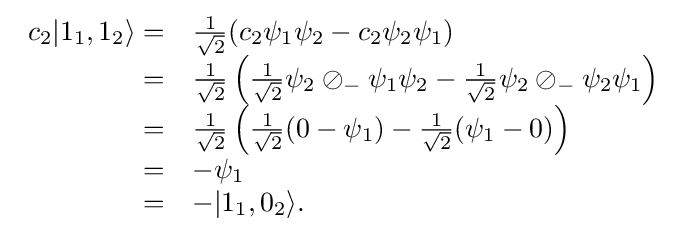
{\begin{array}{rl}c_{2}|1_{1},1_{2}\rangle =&{\frac {1}{\sqrt {2}}}(c_{2}\psi _{1}\psi _{2}-c_{2}\psi _{2}\psi _{1})\\=&{\frac {1}{\sqrt {2}}}\left({\frac {1}{\sqrt {2}}}\psi _{2}\oslash _{-}\psi _{1}\psi _{2}-{\frac {1}{\sqrt {2}}}\psi _{2}\oslash _{-}\psi _{2}\psi _{1}\right)\\=&{\frac {1}{\sqrt {2}}}\left({\frac {1}{\sqrt {2}}}(0-\psi _{1})-{\frac {1}{\sqrt {2}}}(\psi _{1}-0)\right)\\=&-\psi _{1}\\=&-|1_{1},0_{2}\rangle .\end{array}}